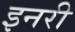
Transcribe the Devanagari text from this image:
इनरी